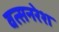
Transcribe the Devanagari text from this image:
वत्सनरेश